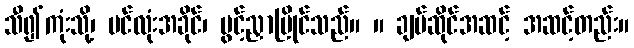
သီ၍ကုံးသို့၊ ပင်လုံးအခိုင်၊ ပွင့်ညှာပြိုင်သည်။ ။ ချပ်ဆိုင်အဆင့် အဆင့်တည်း။